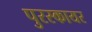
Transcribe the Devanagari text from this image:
पुरस्कायर